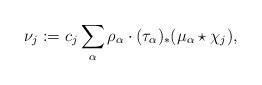
LaTeX: \begin{align*} \nu_j := c_j \sum_{\alpha} \rho_{\alpha} \cdot (\tau_{\alpha})_{*}(\mu_{\alpha} \star \chi_{j}), \end{align*}